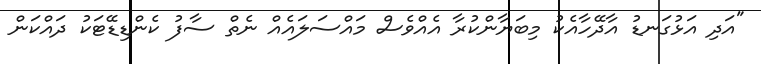
"އަދި އަޅުގަނޑު އާދޭހާއެކު މިބަޔާންކުރާ އެއްވެސް މައްސަލައެއް ނެތް ސާފު ކެންޑިޑޭޓަކު ދައްކަން